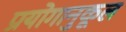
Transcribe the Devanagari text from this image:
प्रयोगानुकूल